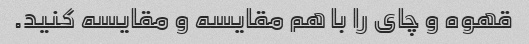
قهوه و چای را با هم مقایسه و مقایسه کنید.